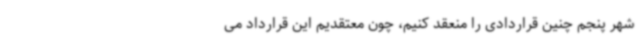
شهر پنجم چنین قراردادی را منعقد کنیم، چون معتقدیم این قرارداد می‌